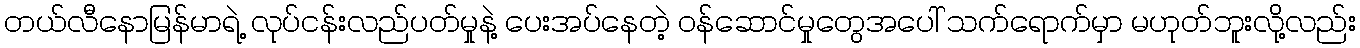
တယ်လီနောမြန်မာရဲ့ လုပ်ငန်းလည်ပတ်မှုနဲ့ ပေးအပ်နေတဲ့ ဝန်ဆောင်မှုတွေအပေါ် သက်ရောက်မှာ မဟုတ်ဘူးလို့လည်း